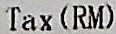
TAX (RM)